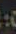
: